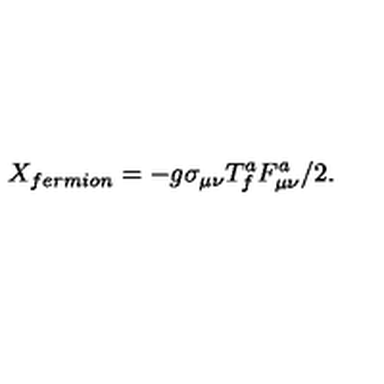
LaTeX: X _ { f e r m i o n } = - g \sigma _ { \mu \nu } T _ { f } ^ { a } F _ { \mu \nu } ^ { a } / 2 .